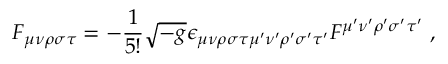
F _ { \mu \nu \rho \sigma \tau } = - \frac { 1 } { 5 ! } \sqrt { - g } \epsilon _ { \mu \nu \rho \sigma \tau \mu ^ { \prime } \nu ^ { \prime } \rho ^ { \prime } \sigma ^ { \prime } \tau ^ { \prime } } F ^ { \mu ^ { \prime } \nu ^ { \prime } \rho ^ { \prime } \sigma ^ { \prime } \tau ^ { \prime } } ~ ,